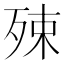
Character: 殐